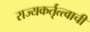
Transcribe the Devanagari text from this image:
राज्यकर्तृत्त्वाची